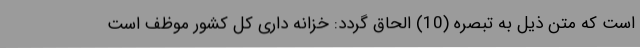
است که متن ذیل به تبصره (10) الحاق گردد: خزانه داری کل کشور موظف است